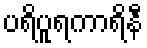
ပရိပူရကာရိနီ